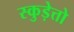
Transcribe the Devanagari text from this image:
स्कुड़ेत्तो